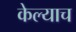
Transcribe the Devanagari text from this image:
केल्याच